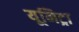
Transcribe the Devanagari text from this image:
यूनिट्रा